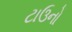
ટાઉનો